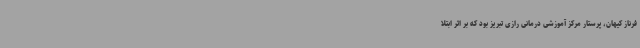
فرناز کیهان، پرستار مرکز آموزشی درمانی رازی تبریز بود که بر اثر ابتلا